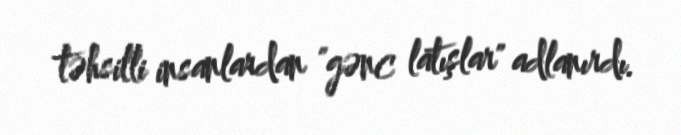
təhsilli insanlardan "gənc latışlar" adlanırdı.